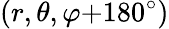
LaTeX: (r,\theta,\varphi{+}180^{\circ})